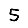
Digit: 5